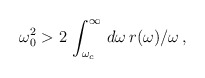
\begin{align*}\omega _{0}^{2} > 2\,\int_{\omega _{c}}^{\infty }\,d\omega \,r(\omega )/\omega \,,\end{align*}